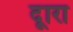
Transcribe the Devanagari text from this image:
दूारा